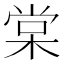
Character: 棠